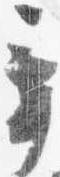
辛